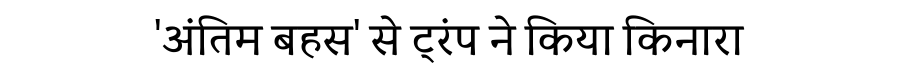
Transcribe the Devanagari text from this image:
'अंतिम बहस' से ट्रंप ने किया किनारा